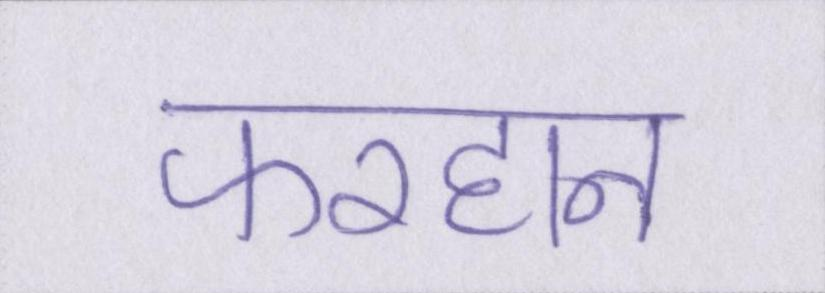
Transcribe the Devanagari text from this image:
फरहान